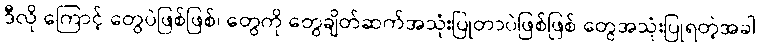
ဒီလို ကြောင့် တွေပဲဖြစ်ဖြစ်၊ တွေကို တွေချိတ်ဆက်အသုံးပြုတာပဲဖြစ်ဖြစ် တွေအသုံးပြုရတဲ့အခါ